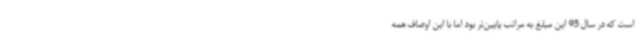
است که در سال 95 این مبلغ به مراتب پایین‌تر بود اما با این اوصاف همه